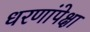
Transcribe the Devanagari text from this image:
धरणांपेक्षा